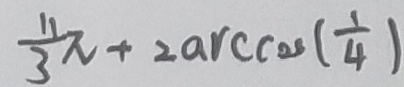
\frac { 1 1 } { 3 } \pi + 2 \arccos ( \frac { 1 } { 4 } )